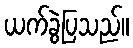
ယက်ခွဲပြသည်။